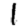
Digit: 1